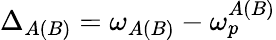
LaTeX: \Delta_{A(B)}=\omega_{A(B)}-\omega_{p}^{A(B)}